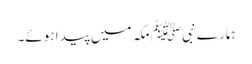
ہمارے نبیﷺ مکہ میں پیدا ہوئے۔